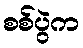
စစ်ပွဲက